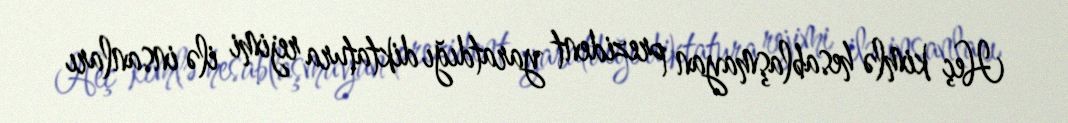
Heç kimlə hesablaşmayan prezident yaratdığı diktatura rejimi ilə insanları